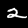
Digit: 2